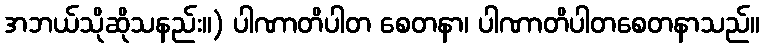
အဘယ်သိုဆိုသနည်း။) ပါဏာတိပါတ စေတနာ၊ ပါဏာတိပါတစေတနာသည်။